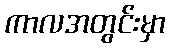
ကာလအတွင်းမှာ